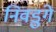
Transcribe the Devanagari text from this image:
निवडुंगे